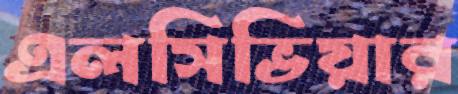
এলসিভিয়ার